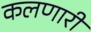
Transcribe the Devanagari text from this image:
कलणारी